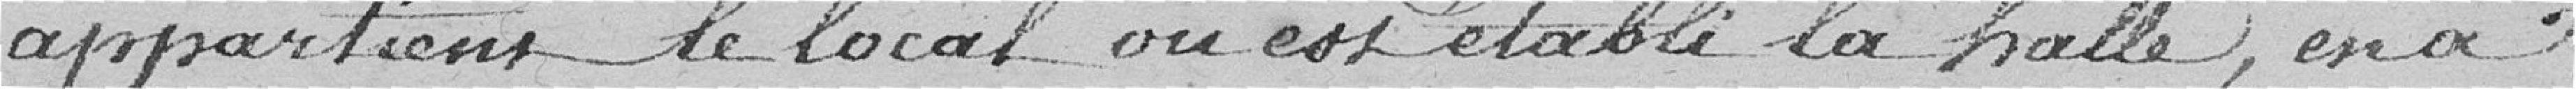
appartient le local où est établi la halle, en a